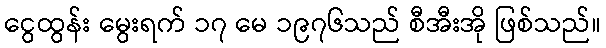
ငွေထွန်း မွေးရက် ၁၇ မေ ၁၉၇၆သည် စီအီးအို ဖြစ်သည်။